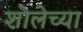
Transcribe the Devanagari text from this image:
शोलेच्या